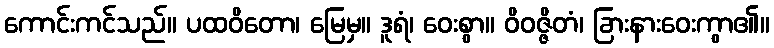
ကောင်းကင်သည်။ ပထဝိတော၊ မြေမှ။ ဒူရံ၊ ဝေးစွာ။ ဝိဝဇ္ဇိတံ၊ ခြားနားဝေးကွာ၏။